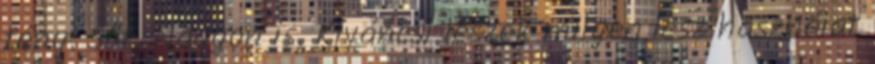
tény. Sőt. Nagyon is. Kíváncsi leszek milyen lesz használat